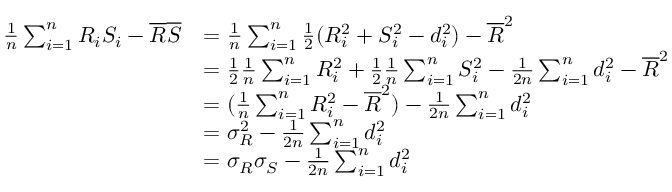
{ \begin{array} { r l } { { \frac { 1 } { n } } \sum _ { i = 1 } ^ { n } R _ { i } S _ { i } - { \overline { { R } } } { \overline { { S } } } } & { = { \frac { 1 } { n } } \sum _ { i = 1 } ^ { n } { \frac { 1 } { 2 } } ( R _ { i } ^ { 2 } + S _ { i } ^ { 2 } - d _ { i } ^ { 2 } ) - { \overline { { R } } } ^ { 2 } } \\ & { = { \frac { 1 } { 2 } } { \frac { 1 } { n } } \sum _ { i = 1 } ^ { n } R _ { i } ^ { 2 } + { \frac { 1 } { 2 } } { \frac { 1 } { n } } \sum _ { i = 1 } ^ { n } S _ { i } ^ { 2 } - { \frac { 1 } { 2 n } } \sum _ { i = 1 } ^ { n } d _ { i } ^ { 2 } - { \overline { { R } } } ^ { 2 } } \\ & { = ( { \frac { 1 } { n } } \sum _ { i = 1 } ^ { n } R _ { i } ^ { 2 } - { \overline { { R } } } ^ { 2 } ) - { \frac { 1 } { 2 n } } \sum _ { i = 1 } ^ { n } d _ { i } ^ { 2 } } \\ & { = \sigma _ { R } ^ { 2 } - { \frac { 1 } { 2 n } } \sum _ { i = 1 } ^ { n } d _ { i } ^ { 2 } } \\ & { = \sigma _ { R } \sigma _ { S } - { \frac { 1 } { 2 n } } \sum _ { i = 1 } ^ { n } d _ { i } ^ { 2 } } \end{array} }